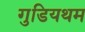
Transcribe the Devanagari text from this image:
गुडियथम